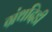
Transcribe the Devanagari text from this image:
ग्रंथदिडी